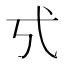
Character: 𢍻